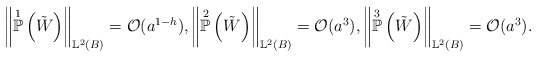
\begin{align*}\left\lVert \overset{1}{\mathbb{P}}\left(\tilde{W}\right)\right\rVert_{\mathbb{L}^2(B)}=\mathcal{O}(a^{1-h}),\left\lVert \overset{2}{\mathbb{P}}\left(\tilde{W}\right)\right\rVert_{\mathbb{L}^2(B)}=\mathcal{O}(a^{3}),\left\lVert\overset{3}{\mathbb{P}}\left(\tilde{W}\right)\right\rVert_{\mathbb{L}^2(B)}=\mathcal{O}(a^{3}).\end{align*}